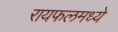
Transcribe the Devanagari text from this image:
रायफलमध्ये